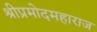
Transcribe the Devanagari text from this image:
श्रीप्रमोदमहाराज